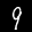
Label: 9